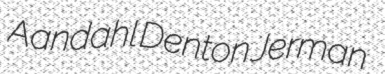
Aandahl Denton Jerman